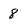
Character: 8